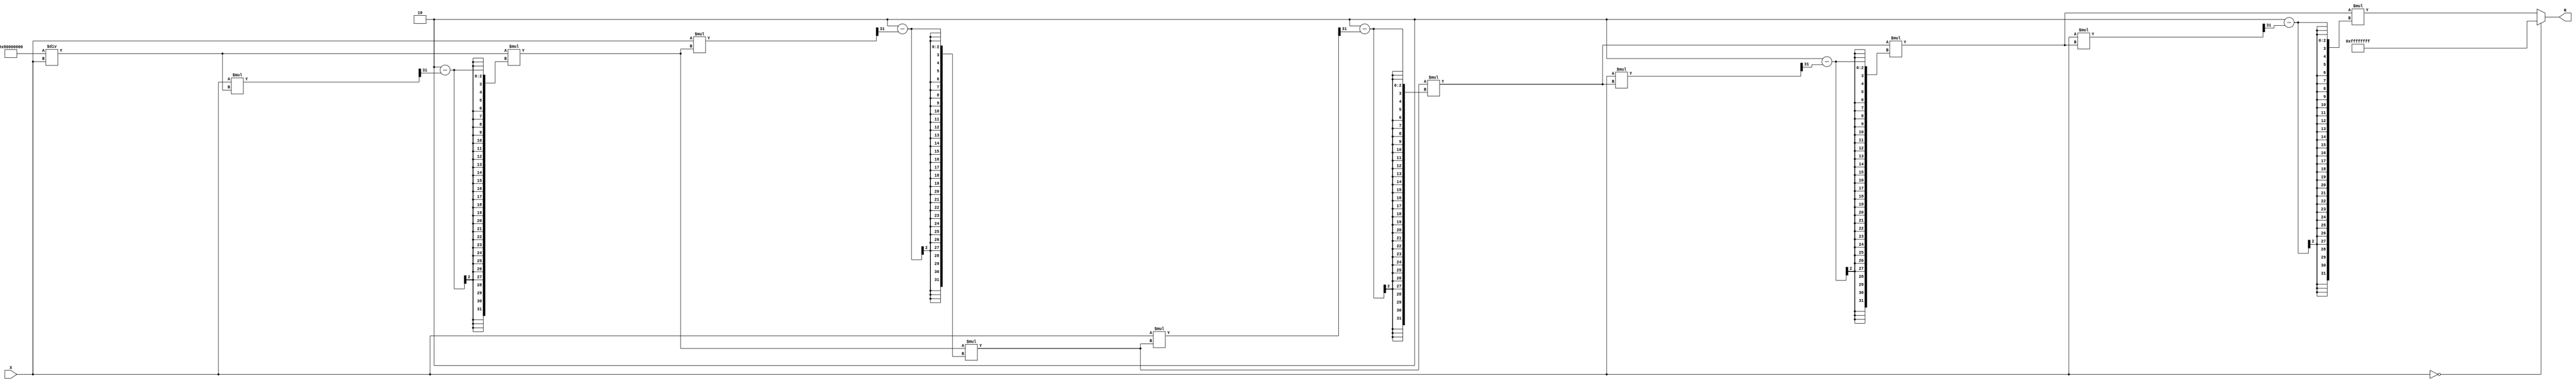
module BitwiseReciprocal #(
    parameter WIDTH = 16,            // Width of the input value
    parameter R_WIDTH = 2 * WIDTH    // Width of the output reciprocal
)(
    input wire [WIDTH-1:0] X,        // Input value
    output reg [R_WIDTH-1:0] R       // Computed reciprocal
);

    // Internal parameters
    localparam ZERO = {WIDTH{1'b0}};
    localparam INF = {R_WIDTH{1'b1}}; // Define infinity as all bits set (for error handling)

    // Initial guess for the reciprocal
    reg [R_WIDTH-1:0] guess;
    reg [R_WIDTH-1:0] refined_guess;
    integer i;

    always @(*) begin
        // Check for zero input
        if (X == ZERO) begin
            R = INF; // Division by zero, return infinity
        end else begin
            // Initial guess: 1 << (WIDTH - 1) / X
            guess = (1 << (R_WIDTH - 1)) / X;

            // Iterative refinement (Newton-Raphson method)
            for (i = 0; i < 5; i = i + 1) begin
                refined_guess = guess * (2 - (X * guess >> (R_WIDTH - 1)));
                guess = refined_guess;
            end
            
            // Normalization (if necessary, depending on your application)
            R = refined_guess;
        end
    end

endmodule